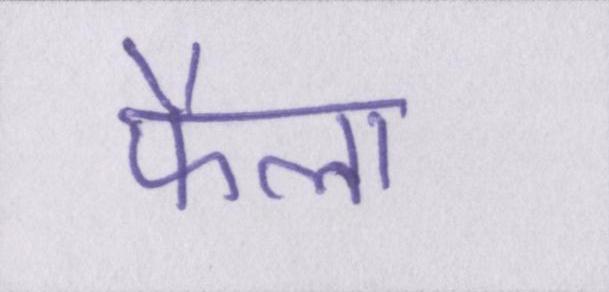
फैला